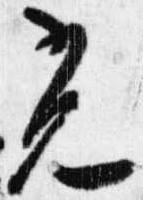
光